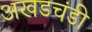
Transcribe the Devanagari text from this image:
अखडचंडी